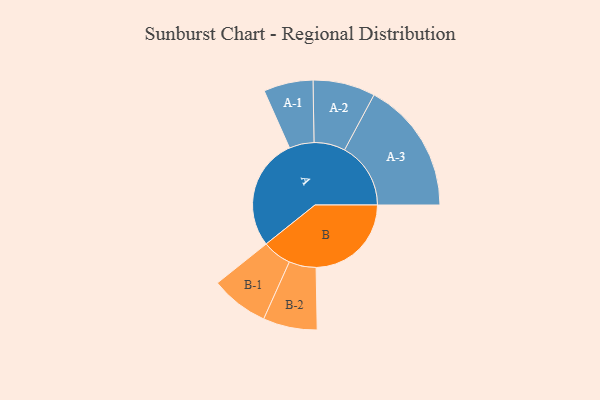
{"axis": {"x": "Segment", "y": "Value"}, "legend": ["", "A", "B"], "data": [{"x": "A", "y": 489, "type": ""}, {"x": "B", "y": 416, "type": ""}, {"x": "A-1", "y": 108, "type": "A"}, {"x": "A-2", "y": 136, "type": "A"}, {"x": "A-3", "y": 289, "type": "A"}, {"x": "B-1", "y": 127, "type": "B"}, {"x": "B-2", "y": 118, "type": "B"}]}